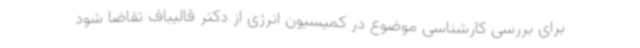
برای بررسی کارشناسی موضوع در کمیسیون انرژی از دکتر قالیباف تقاضا شود